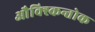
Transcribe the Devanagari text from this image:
औक्स्किन्तोक